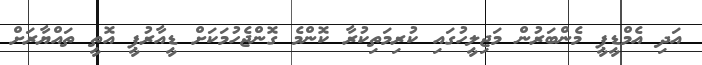
އަދި އެމްޑީޕީ މެންބަރުން މަޖިލީހުގައި ކުރިމަތިކުރާ ކޮންމެ ގޮންޖެހުމަކަށް ޑީއާރުޕީ އޮތީ ތައްޔާރަށް